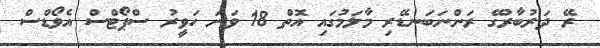
ރޭ ދަރުބާރުގޭ ރަންނަބަނޑޭރި މާލަމުގައި އޮތް 18 ވަނަ ހަވީރު ސްޕޯޓްސް އެވޯޑްސް